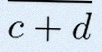
\frac{a+b}{c+d}